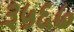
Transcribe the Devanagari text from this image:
३५६७